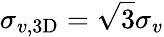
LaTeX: \sigma_{v,3\mathrm{D}}=\sqrt{3}\sigma_{v}